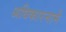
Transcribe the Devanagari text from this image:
अधिकारनामे